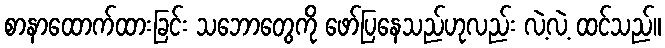
စာနာထောက်ထားခြင်း သဘောတွေကို ဖော်ပြနေသည်ဟုလည်း လဲ့လဲ့ ထင်သည်။